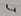
Text: 4